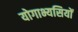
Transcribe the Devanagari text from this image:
योगाभ्यसियों